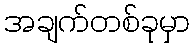
အချက်တစ်ခုမှာ